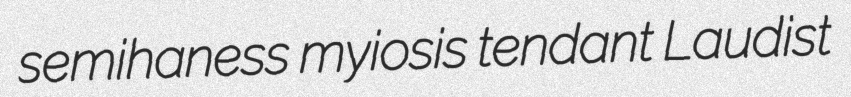
semihaness myiosis tendant Laudist